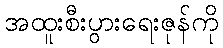
အထူးစီးပွားရေးဇုန်ကို